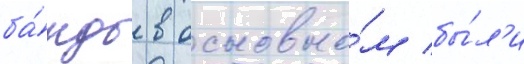
ба́нды в основно́м бы́л'и